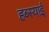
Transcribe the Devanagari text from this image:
हब्स्याई